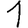
Digit: 1